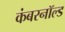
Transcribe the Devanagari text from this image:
कंबरनॉल्ड